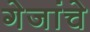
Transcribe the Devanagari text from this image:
गेजांचे